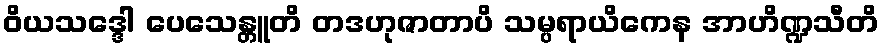
ဝိယသဒ္ဒေါ ပေသေန္တူတိ တဒဟုဇာတာပိ သမ္ပရာယိကေန အာဟိဏ္ဍသီတိ